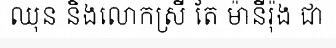
ឈុន និងលោកស្រី តែ ម៉ានីរ៉ុង ជា